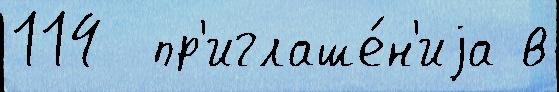
114  пр'иглаше́н'иjа в